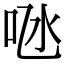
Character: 𠱁